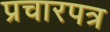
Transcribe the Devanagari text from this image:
प्रचारपत्र